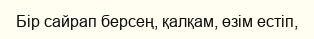
Бір сайрап берсең, қалқам, өзім естіп,